Annual statistical returns and brief notes on vaccination in Bengal - 1896-1909
Year: 1896
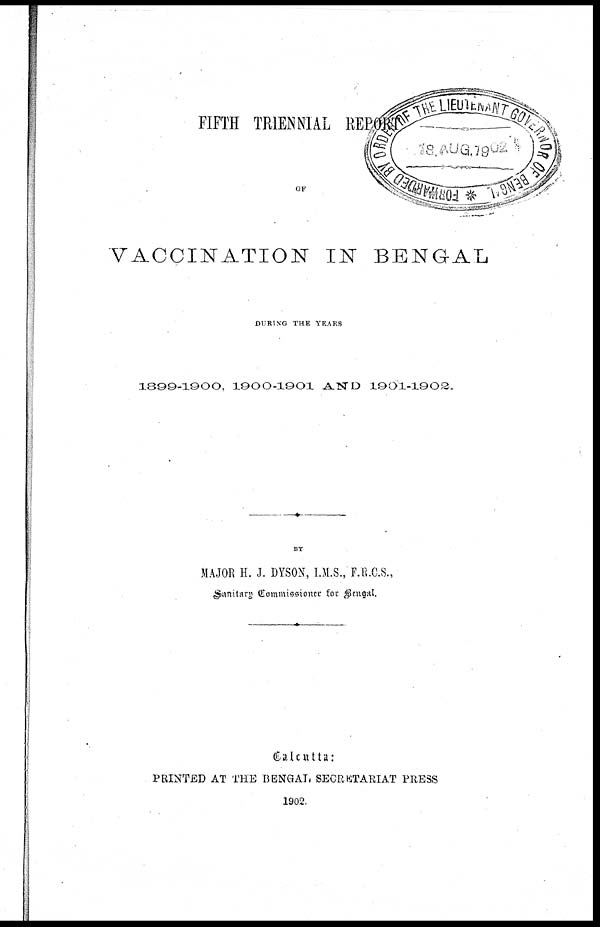
FIFTH TRIENNIAL REPORT
OF
VACCINATION IN BENGAL
DURING THE YEARS
1899-1900, 1900-1901 AND 1901-1902.
BY
MAJOR H. J. DYSON, I.M.S., F.R.C.S.,
Sanitary Commissioner for Bengal.
Calcutta:
PRINTED AT THE BENGAL SECRETARIAT PRESS
1902.